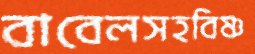
বাবেলসহবিষ্ণ